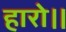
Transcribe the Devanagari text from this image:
हारो।।